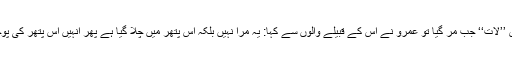
قبیلہ ثقیف کا ایک شخص ’’لات‘‘ جب مر گیا تو عمرو نے اس کے قبیلے والوں سے کہا: یہ مرا نہیں بلکہ اس پتھر میں چلا گیا ہے پھر انہیں اس پتھر کی پوجا کرنے کی دعوت دی۔